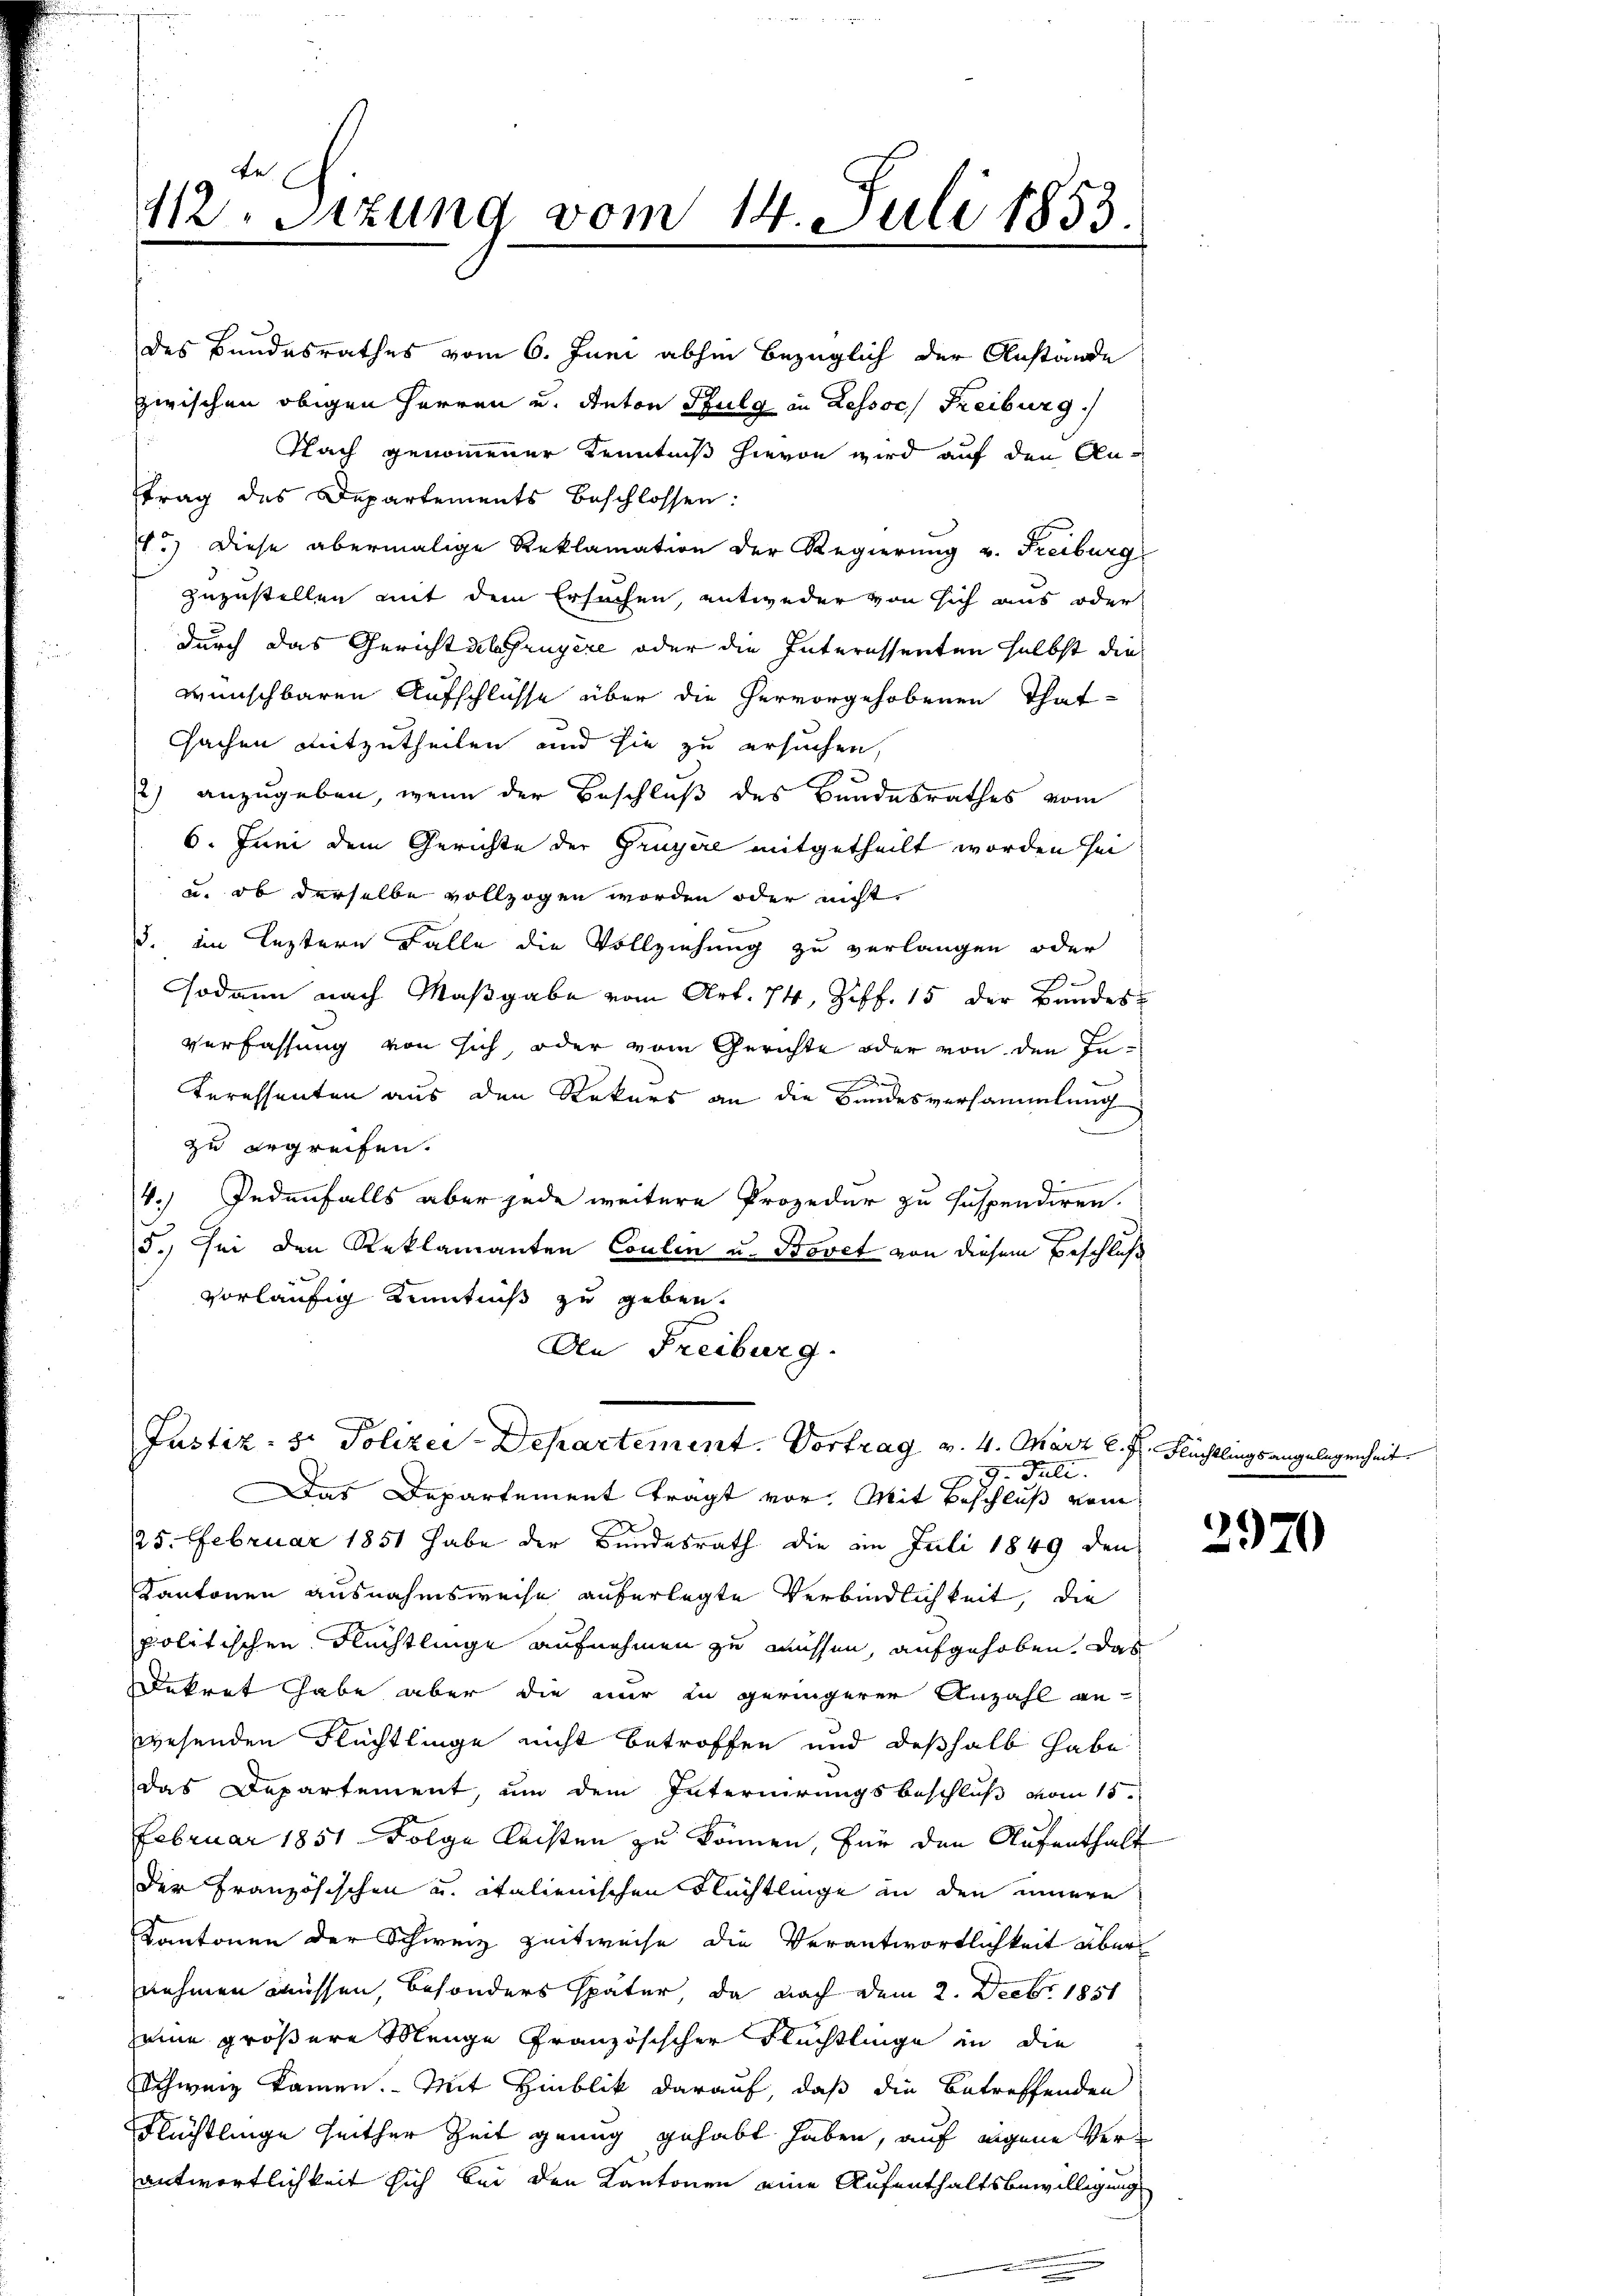
Fe
412. Sitzung vom 14. Juli 1853.

zwischen obigen Herren u. Anton Pfulg in Lessor Freiburg.
Nach genommener Kenntniß hievon wird auf den Antrag des Departements beschlossen:
1.) Diese abermalige Reklamation der Regierung v. Freiburg
zuzustellen mit dem Ersuchen, entweder von sich aus oder
durch das Gerichtslehruyère oder die Interessenten selbst die
wünschbaren Aufschlüsse über die hervorgehobenen That¬
Cachen mitzutheilen und sie zu ersuchen,
2
2) anzugeben, wenn der Beschluß des Bandesrathes vom
6. Juni dem Gerichte der Gruyère mitgetheilt worden sei
u. ob derselbe vollzogen worden oder nicht
3. im leztern Falle die Vollziehung zu verlangen oder
sodann nach Maßgabe vom Art. 74, Ziff. 15 der Bandesverfassung von sich oder vom Gerichte oder von den In-
Teressenten aus den Rekurs an die Bundesversammlung
zu ergreifen.
i
4. Jedenfalls aber jede weitere Prozedur zu suspendiren.
5.) Sei den Reklamanten Coulen u. Bovet von diesem Beschluß
vorläufig Kenntniß zu geben.
An Freiburg.

des Bundesrathes vom 6. Juni abhin bezüglich der Anstande

Justiz- & Polizei-Departement. Vortrag v. 4. März l. J. Flüchtlings a
29. Juli.

Das Departement tragt vor. Mit Beschluß vom
2
25. Februar 1851 habe der Bundesrath die im Juli 1849 den
Kantonen ausnahmsweise auferlegte Verbindlichkeit, die
politischen Rechtlinge aufnehmen zu müssen, aufgehoben, das
Dekret habe aber die nur in geringerer Anzahl an
wesenden Flüchtlinge nicht betroffen und deßhalb habe
das Departement, um dem Internirungsbeschluß vom 15ten
Februar 1851 Folge leisten zu können, für den Aufenthalt
der Französischen u. italienischen Flüchtlinge an den innere
Kantonen der Schweiz zeitweise die Verantwortlichkeit aber
nehmen müssen, besonders später, da nach dem 2. Decbr. 1851
seine größere Menge Französischer Flüchtlinge in die
Schweiz kamen. Mit Hinblik darauf, daß die betreffenden
Flüchtlinge seither Zeit genug gehabt haben, auf eigene Verantwortlichkeit sich bei den Kantonen eine Aufenthaltsbewilligung

2970

gelegenheit